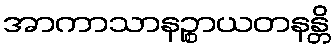
အာကာသာနဉ္စာယတနန္တိ